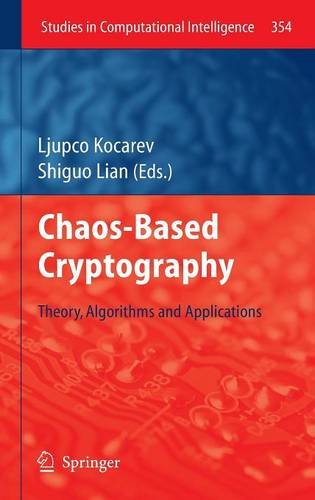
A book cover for Chaos-based Cryptography: Theory, Algorithms and Applications (Studies in Computational Intelligence); Computers & Technology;